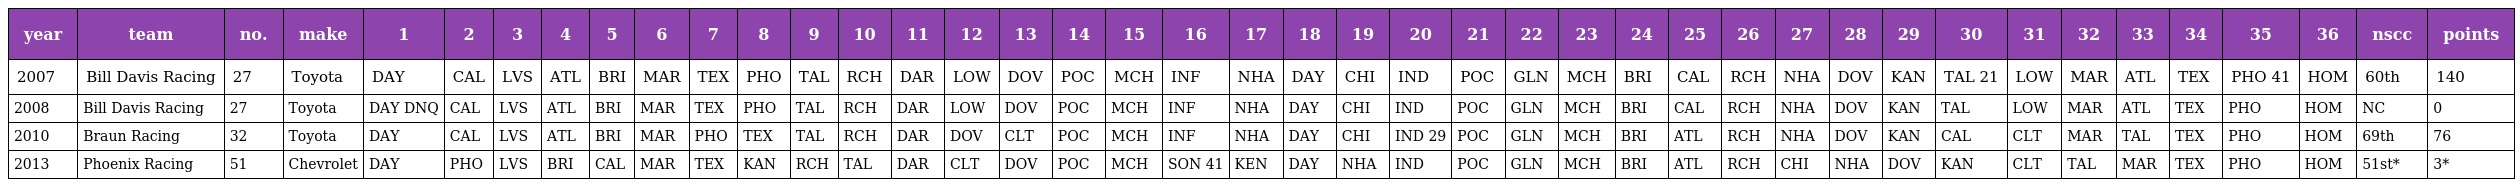
| year | team | no. | make | 1 | 2 | 3 | 4 | 5 | 6 | 7 | 8 | 9 | 10 | 11 | 12 | 13 | 14 | 15 | 16 | 17 | 18 | 19 | 20 | 21 | 22 | 23 | 24 | 25 | 26 | 27 | 28 | 29 | 30 | 31 | 32 | 33 | 34 | 35 | 36 | nscc | points |
 | --- | --- | --- | --- | --- | --- | --- | --- | --- | --- | --- | --- | --- | --- | --- | --- | --- | --- | --- | --- | --- | --- | --- | --- | --- | --- | --- | --- | --- | --- | --- | --- | --- | --- | --- | --- | --- | --- | --- | --- | --- | --- |
 | 2007 | Bill Davis Racing | 27 | Toyota | DAY | CAL | LVS | ATL | BRI | MAR | TEX | PHO | TAL | RCH | DAR | LOW | DOV | POC | MCH | INF | NHA | DAY | CHI | IND | POC | GLN | MCH | BRI | CAL | RCH | NHA | DOV | KAN | TAL 21 | LOW | MAR | ATL | TEX | PHO 41 | HOM | 60th | 140 |
 | 2008 | Bill Davis Racing | 27 | Toyota | DAY DNQ | CAL | LVS | ATL | BRI | MAR | TEX | PHO | TAL | RCH | DAR | LOW | DOV | POC | MCH | INF | NHA | DAY | CHI | IND | POC | GLN | MCH | BRI | CAL | RCH | NHA | DOV | KAN | TAL | LOW | MAR | ATL | TEX | PHO | HOM | NC | 0 |
 | 2010 | Braun Racing | 32 | Toyota | DAY | CAL | LVS | ATL | BRI | MAR | PHO | TEX | TAL | RCH | DAR | DOV | CLT | POC | MCH | INF | NHA | DAY | CHI | IND 29 | POC | GLN | MCH | BRI | ATL | RCH | NHA | DOV | KAN | CAL | CLT | MAR | TAL | TEX | PHO | HOM | 69th | 76 |
 | 2013 | Phoenix Racing | 51 | Chevrolet | DAY | PHO | LVS | BRI | CAL | MAR | TEX | KAN | RCH | TAL | DAR | CLT | DOV | POC | MCH | SON 41 | KEN | DAY | NHA | IND | POC | GLN | MCH | BRI | ATL | RCH | CHI | NHA | DOV | KAN | CLT | TAL | MAR | TEX | PHO | HOM | 51st* | 3* |